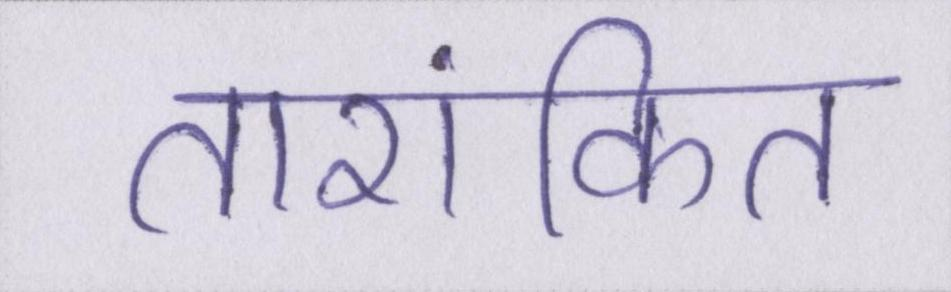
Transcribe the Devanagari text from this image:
तारांकित